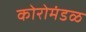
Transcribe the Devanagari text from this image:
कोरोमंडळ